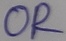
Text: OR